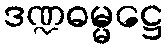
ဒဏ္ဍဓမ္မဋ္ဌေ